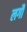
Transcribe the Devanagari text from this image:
लगौं